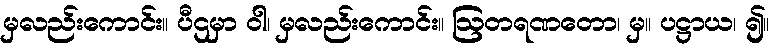
မှလည်းကောင်း။ ပီဌမှာ ဝါ၊ မှလည်းကောင်း။ ဩတရဏတော၊ မှ။ ပဋ္ဌာယ၊ ၍။